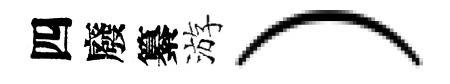
四廢纂游）